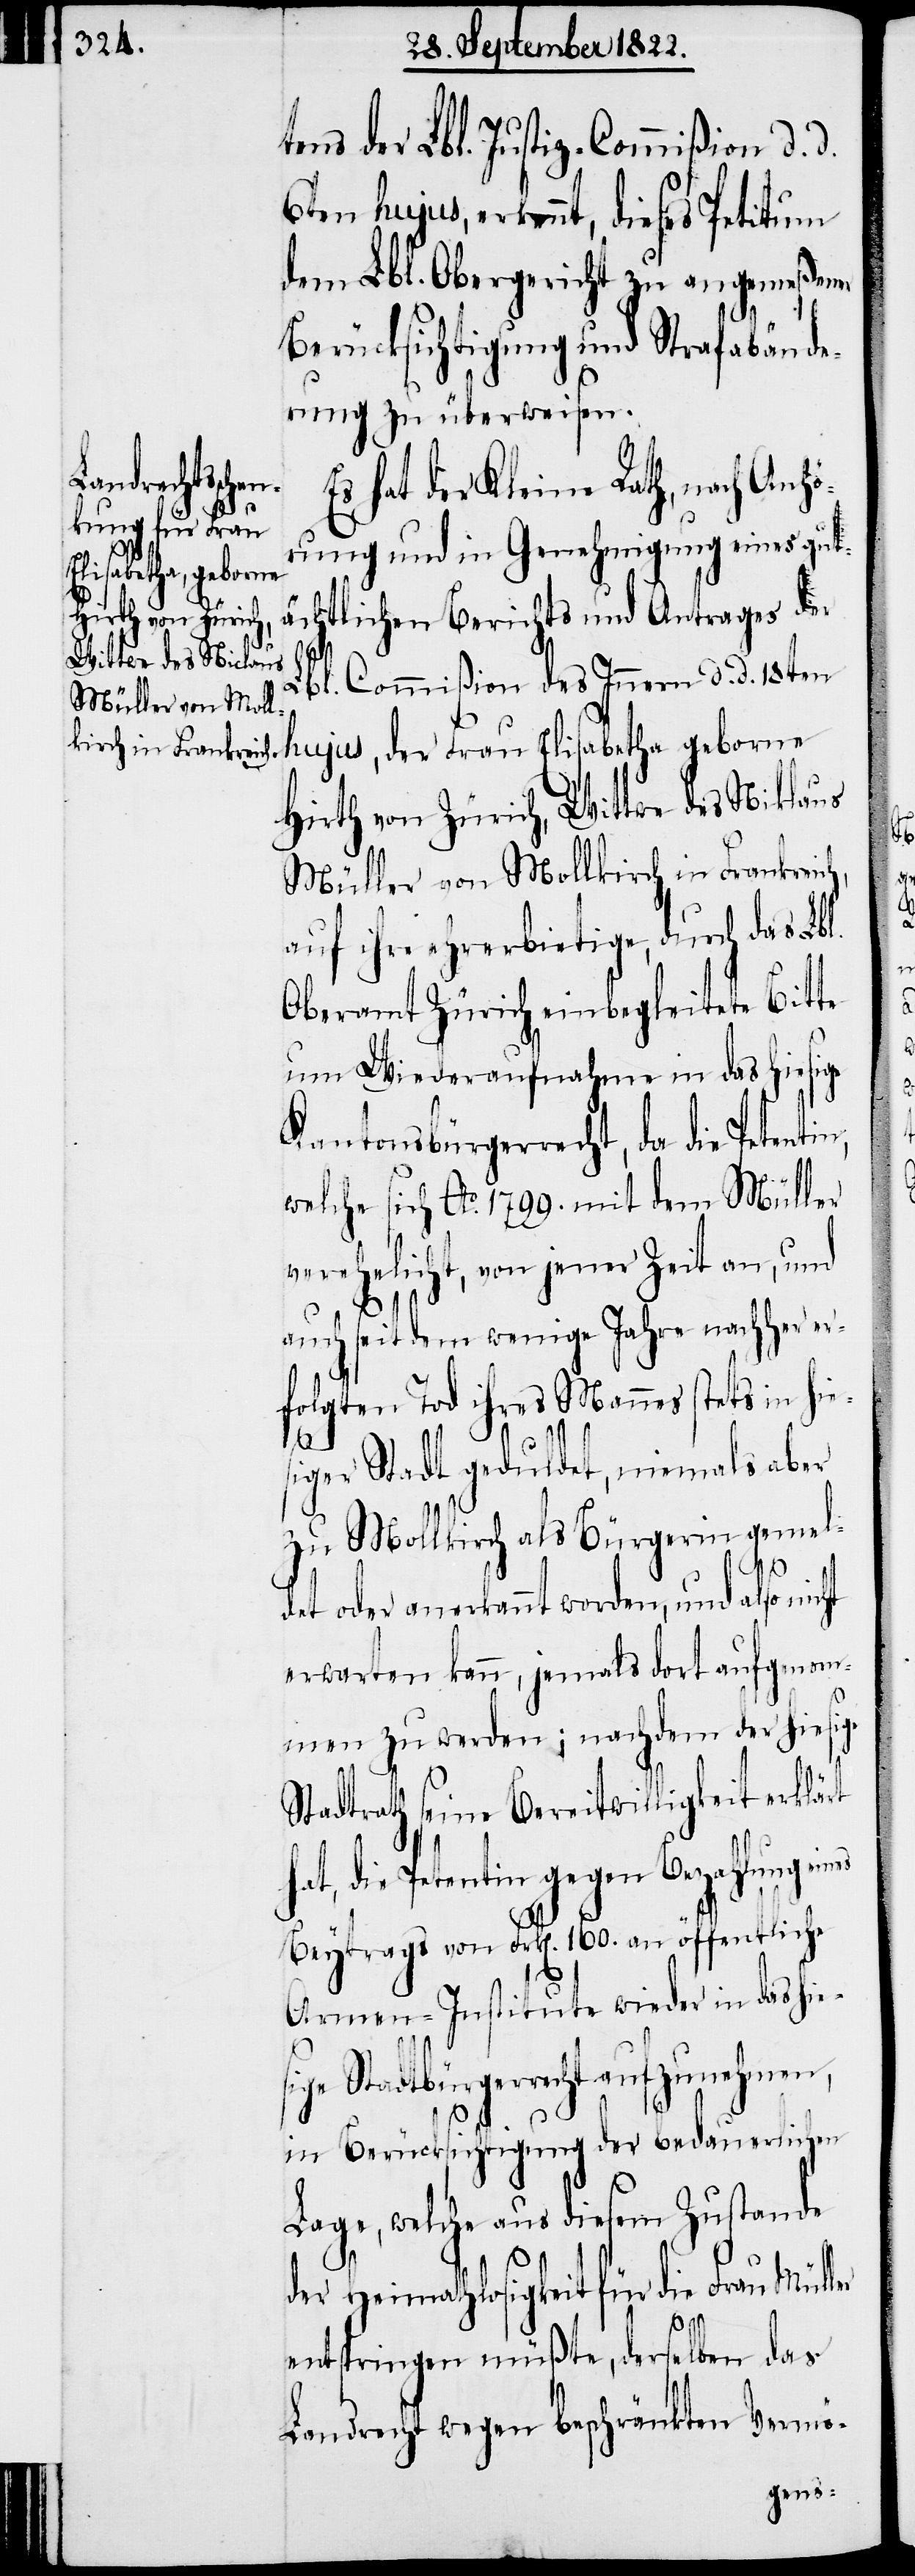
tens der Lbl. Justiz-Commißion d. d.
6ten hujus, erkennt, dieses Petitum
dem Lbl. Obergericht zu angemeßener
Berücksichtigung und Strafabände¬
rung zu überweisen.
Es hat der Kleinen Rath, nach Anhö¬
rung und in Genehmigung eines gutä¬
chtlichen Berichts und Antrages der
Lbl. Commißion des Innern d. d. 18ten
hujus, der Frau Elisabetha geborne
Hirth von Zürich, Wittwe des Niklaus
Müller von Mollkirch in Frankreich,
auf ihre ehrerbietige, durch das Lbl.
Oberamt Zürich einbegleitete Bitte
um Wiederaufnahme in das hiesige
Kantonsbürgerrecht, da die Petenti¬
welche sich Ao. 1799. mit dem Müller
verehelicht von jener Zeit an, und
auch seit dem wenige Jahre nachher er¬
folgten Tod ihres Mannes stets in hie¬
siger Stadt geduldet, niemals aber
zu Mollkirch als Bürgerin gemel¬
h¬
det oder anerkannt worden, und also nicht
erwarten kann, jemals dort aufgenom¬
men zu werden; nachdem der hiesige
Stadtrath seine Bereitwilligkeit erklärt
at, die Petentin gegen Bezahlung
Beytrags von Frk[en]. 160. an öffentliche
Armen-Institute wieder in das hies¬
ige Stadtbürgerrecht aufzunehmen,
in Berücksichtigung der bedauerlichen
Lage, welche aus diesem Zustande
der Heimathlosigkeit für die Frau
entspringen müßte, derselben das
Landrecht wegen beschränkten Vermö-